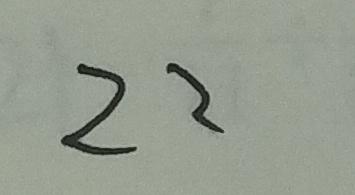
2 2